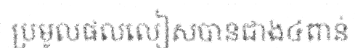
ប្រមូលផលលៀសបានជាង៤ពាន់